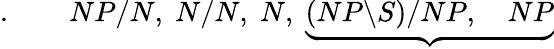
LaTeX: .\qquad NP/N,\; N/N,\; N,\; \underbrace{(NP\backslash S)/NP,\quad NP}